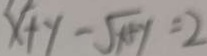
x + y - \sqrt { x + y } = 2